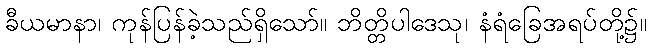
ခီယမာနာ၊ ကုန်ပြန်ခဲ့သည်ရှိသော်။ ဘိတ္တိပါဒေသု၊ နံရံခြေအရပ်တို့၌။